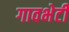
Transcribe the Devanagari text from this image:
गावभेटी